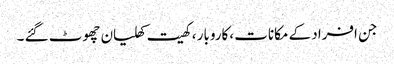
جن افراد کے مکانات ،کاروبار ، کھیت کھلیان چھوٹ گئے ۔